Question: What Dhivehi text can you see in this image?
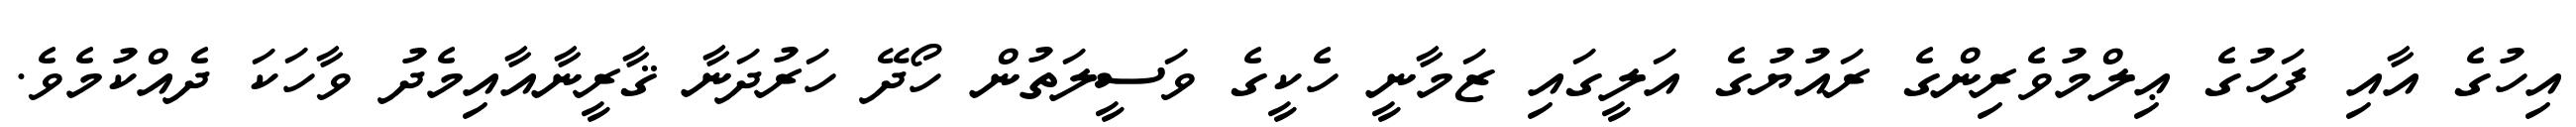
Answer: އިހުގެ އާއި ފަހުގެ ޢިލްމުވެރިންގެ ރައުޔުގެ އަލީގައި ޒަމާނީ ހެކީގެ ވަސީލަތުން ހޯދޭ ހަރުދަނާ ޤާރީނާއާއިމެދު ވާހަކަ ދެއްކުމެވެ.